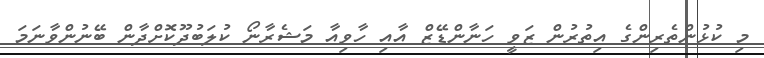
މި ކުޅުންތެރިންގެ އިތުރުން ޒަވީ ހަނާންޑޭޒް އާއި ހާވިއާ މަޝެރާނޯ ކުލަބުދޫކޮށްދާން ބޭނުންވާނަމަ